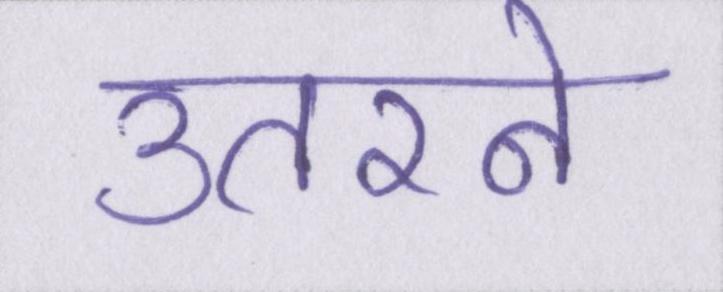
उतरने